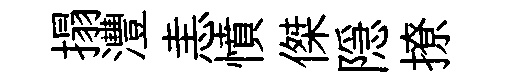
搨灃恚憤傑隠撩